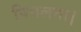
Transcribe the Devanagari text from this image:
पिघलना।